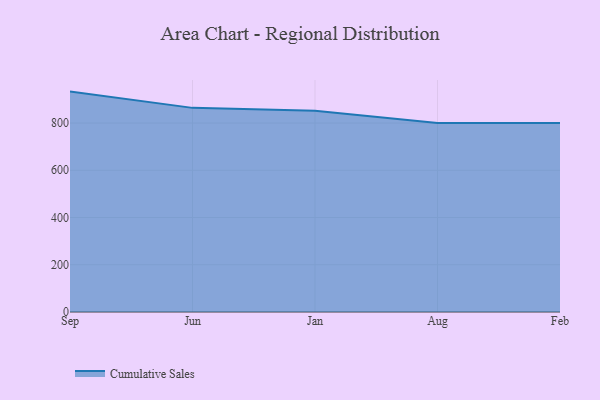
{"axis": {"x": "Month", "y": "Conversion Rate (%)"}, "legend": ["Cumulative Sales"], "data": [{"x": "Sep", "y": 933.1, "type": "Cumulative Sales"}, {"x": "Jun", "y": 864.2, "type": "Cumulative Sales"}, {"x": "Jan", "y": 852.3, "type": "Cumulative Sales"}, {"x": "Aug", "y": 800, "type": "Cumulative Sales"}, {"x": "Feb", "y": 800, "type": "Cumulative Sales"}]}